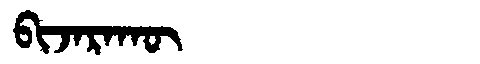
Manchu: ᠪᡳᠵᠠᡵᠠᡴᡡ
Romanization: BIJARAKŪ